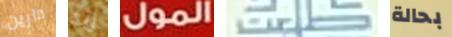
دارين زبد المول طلعت بحالة